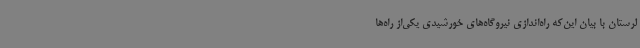
لرستان با بیان این‌که راه‌اندازی نیروگاه‌های خورشیدی یکی‌از راه‌ها